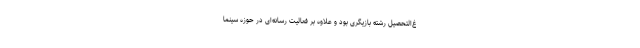
غ‌التحصیل رشته بازیگری بود و علاوه بر فعالیت رسانه‌ای در حوزه سینما